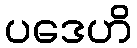
ပဒေဟိ